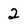
Character: 2